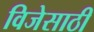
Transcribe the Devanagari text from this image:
विजेसाठी